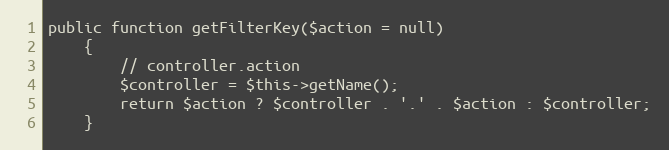
Language: PHP
public function getFilterKey($action = null)
    {
        // controller.action
        $controller = $this->getName();
        return $action ? $controller . '.' . $action : $controller;
    }